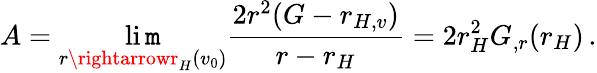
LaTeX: A=\operatorname*{li\mathtt{m}}_{r\rightarrowr_{H}(v_{0})}\frac{{2r^{2}(G-r_{H,v})}}{{r-r_{H}}}=2r_{H}^{2}G_{,r}(r_{H})\, .